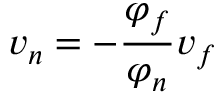
v _ { n } = - \frac { \varphi _ { f } } { \varphi _ { n } } v _ { f }